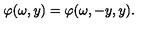
\varphi ( \omega , y ) = \varphi ( \omega , - y , y ) .